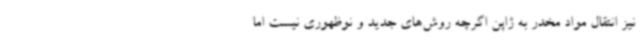
نیز انتقال مواد مخدر به ژاپن اگرچه روش‌های جدید و نوظهوری نیست اما